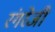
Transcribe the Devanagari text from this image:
रंगरेजी